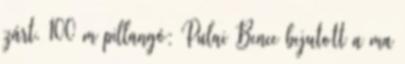
zárt. 100 m pillangó: Pulai Bence bejutott a ma